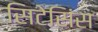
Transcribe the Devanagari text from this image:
सिटेसिंस